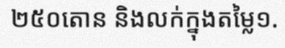
២៥០តោន និងលក់ក្នុងតម្លៃ១.